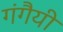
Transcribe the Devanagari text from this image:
गंगैयी